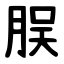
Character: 脵